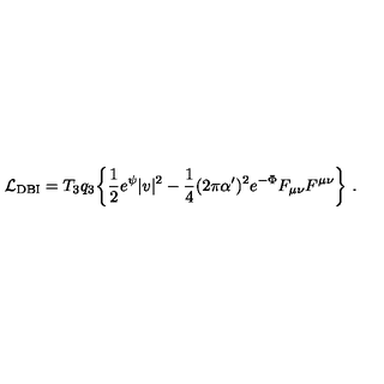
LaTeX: { \cal L } _ { \mathrm { D B I } } = T _ { 3 } q _ { 3 } \biggl \{ \frac { 1 } { 2 } e ^ { \psi } { | v | ^ { 2 } } - \frac { 1 } { 4 } ( 2 \pi \alpha ^ { \prime } ) ^ { 2 } e ^ { - \Phi } { F _ { \mu \nu } F ^ { \mu \nu } \biggr \} \ . }